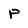
Character: P